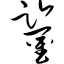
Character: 鉴